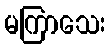
မကြာသေး